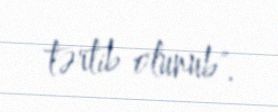
tərtib olunub".